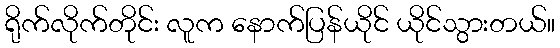
ရိုက်လိုက်တိုင်း လူက နောက်ပြန်ယိုင် ယိုင်သွားတယ်။